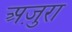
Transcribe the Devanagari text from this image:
अज़ुरा